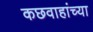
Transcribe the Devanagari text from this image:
कछवाहांच्या